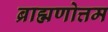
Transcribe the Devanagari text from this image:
ब्राह्मणोत्तम